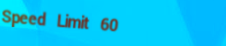
Speed Limit 60